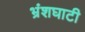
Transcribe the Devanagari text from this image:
भ्रंशघाटी